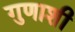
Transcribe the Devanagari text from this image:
गुणाशी